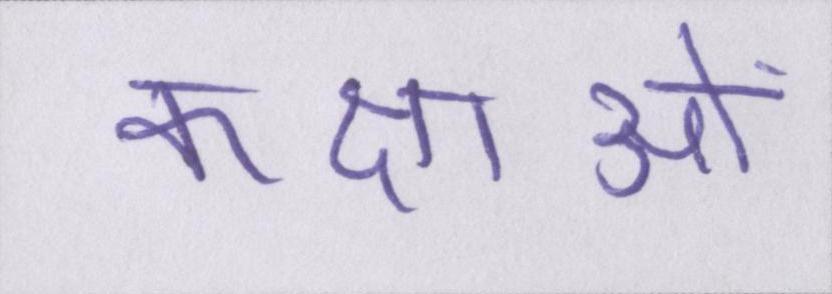
कक्षाओं